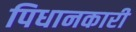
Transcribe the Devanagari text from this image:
पिधानकारी